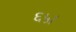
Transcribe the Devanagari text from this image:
६५।